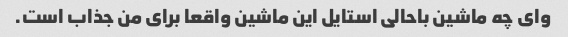
وای چه ماشین باحالی استایل این ماشین واقعا برای من جذاب است.